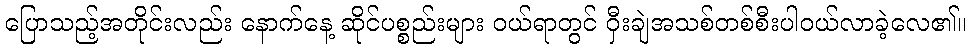
ပြောသည့်အတိုင်းလည်း နောက်နေ့ ဆိုင်ပစ္စည်းများ ဝယ်ရာတွင် ဝှီးချဲအသစ်တစ်စီးပါဝယ်လာခဲ့လေ၏။